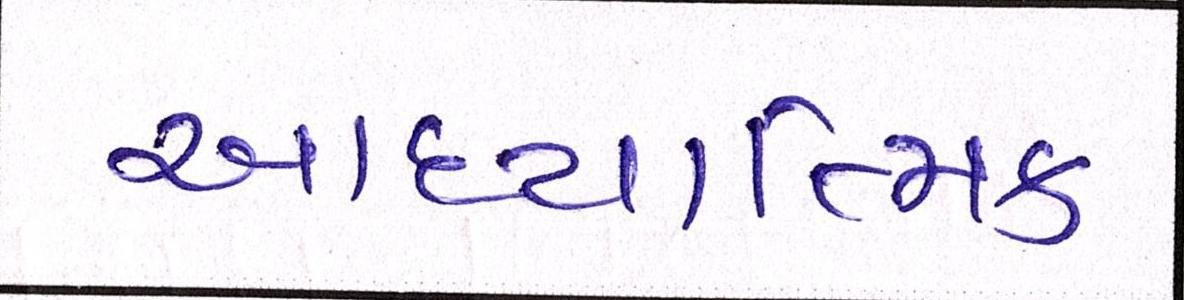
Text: આધ્યાત્મિક